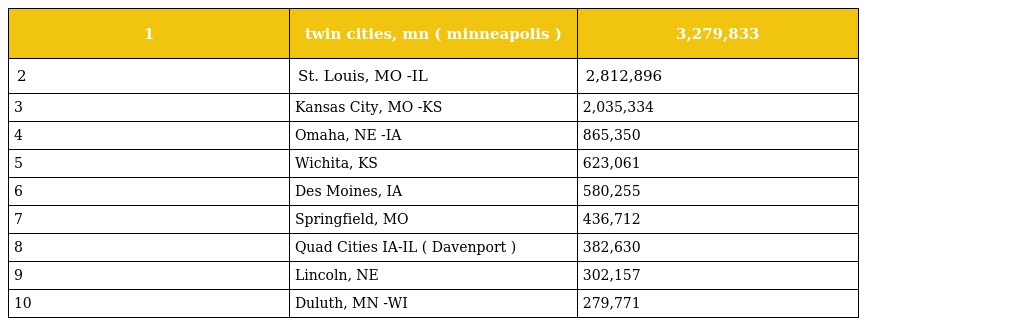
| 1 | twin cities, mn ( minneapolis ) | 3,279,833 |
 | --- | --- | --- |
 | 2 | St. Louis, MO -IL | 2,812,896 |
 | 3 | Kansas City, MO -KS | 2,035,334 |
 | 4 | Omaha, NE -IA | 865,350 |
 | 5 | Wichita, KS | 623,061 |
 | 6 | Des Moines, IA | 580,255 |
 | 7 | Springfield, MO | 436,712 |
 | 8 | Quad Cities IA-IL ( Davenport ) | 382,630 |
 | 9 | Lincoln, NE | 302,157 |
 | 10 | Duluth, MN -WI | 279,771 |